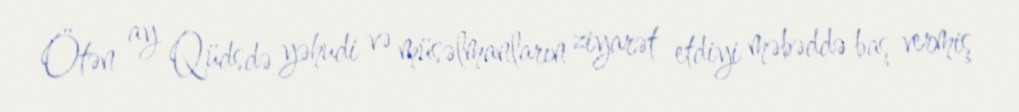
Ötən ay Qüdsdə yəhudi və müsəlmanların ziyarət etdiyi məbəddə baş vermiş